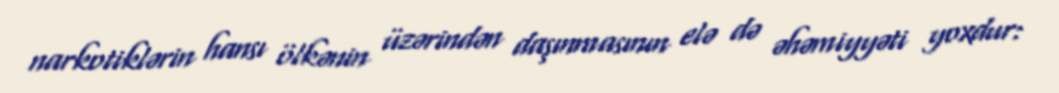
narkotiklərin hansı ölkənin üzərindən daşınmasının elə də əhəmiyyəti yoxdur: